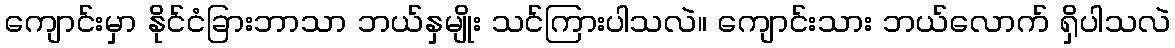
ကျောင်းမှာ နိုင်ငံခြားဘာသာ ဘယ်နှမျိုး သင်ကြားပါသလဲ။ ကျောင်းသား ဘယ်လောက် ရှိပါသလဲ